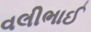
વલીભાઈ